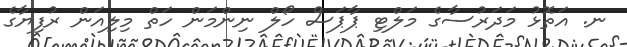
ނ. އަތޮޅު މަދަރުސާގެ މަލްޓި ޕާޕަސް ހޯލް ނިންމަން ހަތް މިލިއަން ރުފިޔާގެ